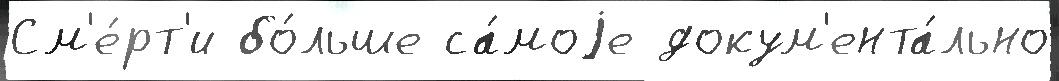
См'е́рт'и бо́льше са́моjе докум'ента́льно